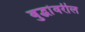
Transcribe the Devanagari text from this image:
बुद्धांवरील